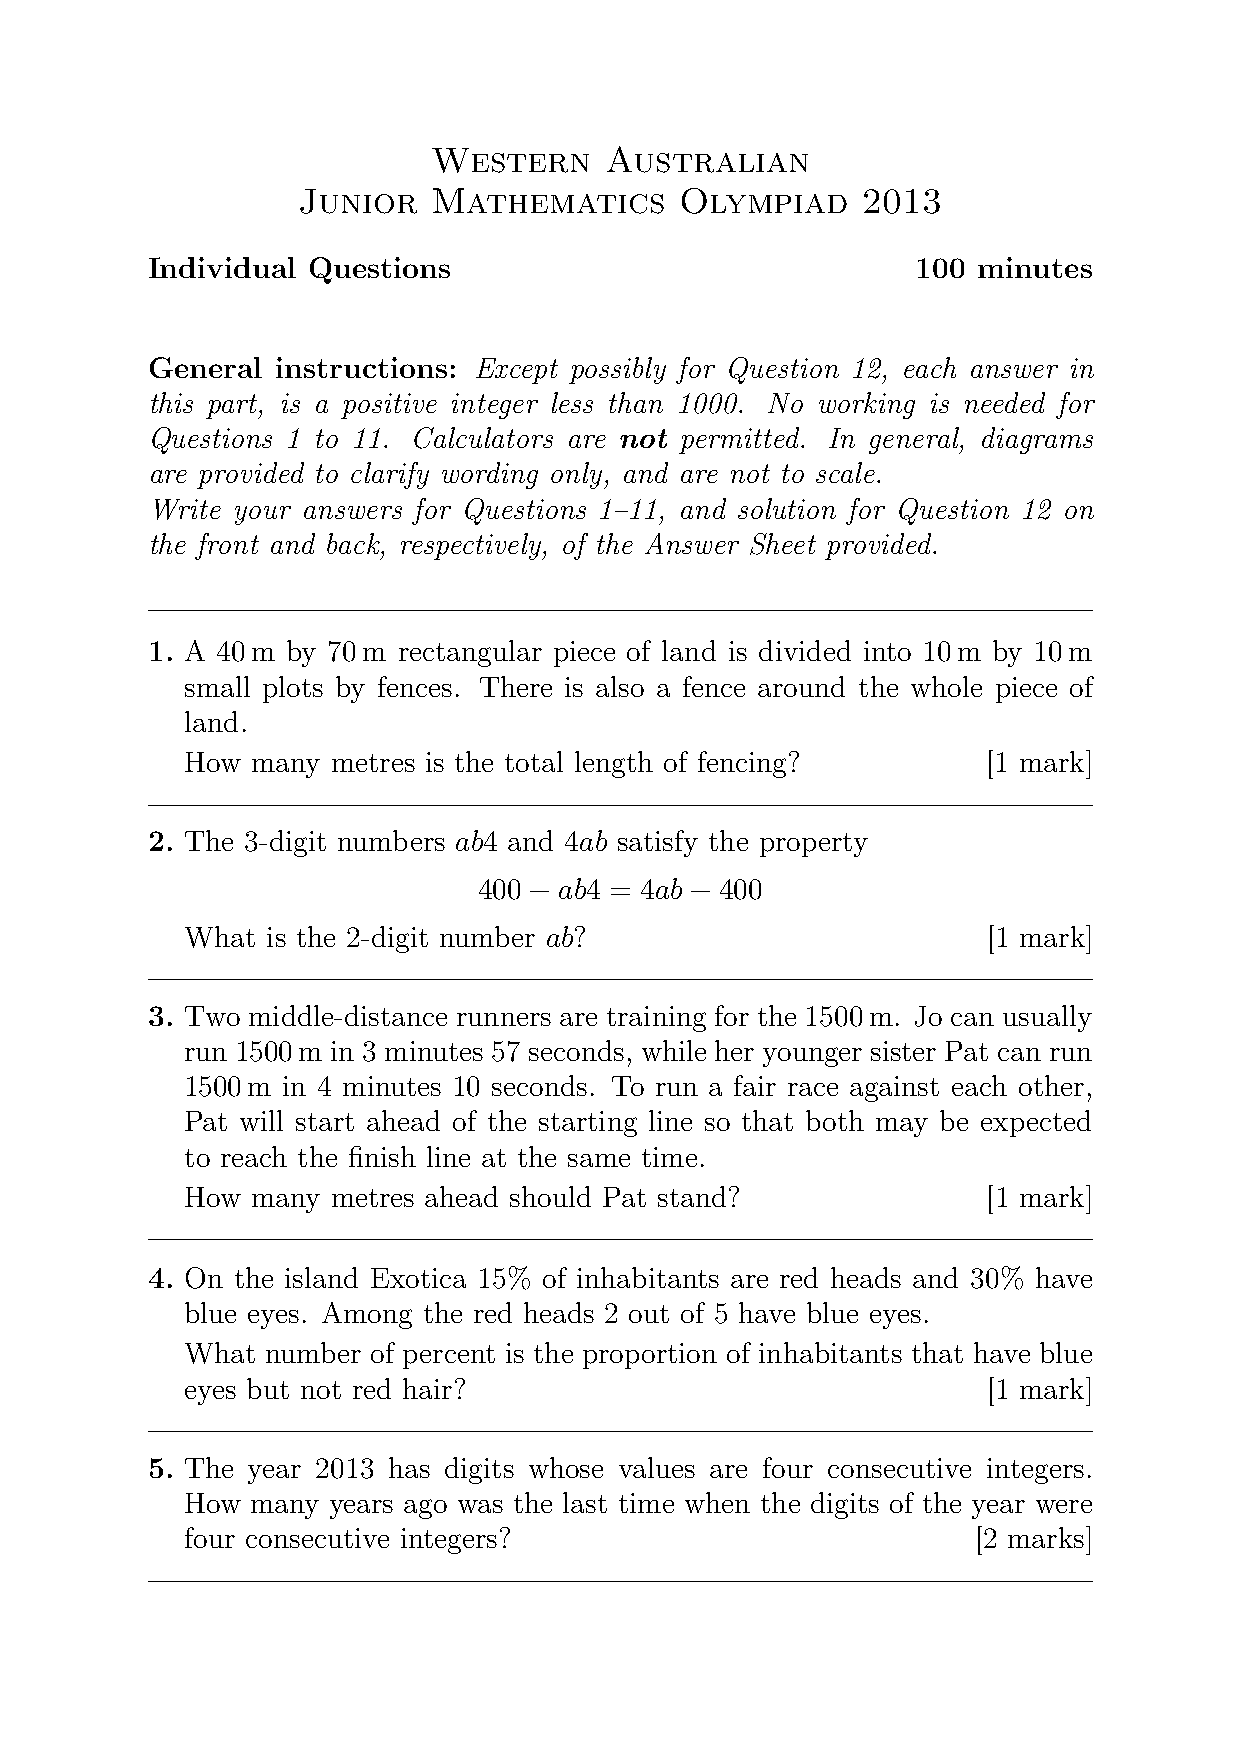
Western    Australian
 Junior   Mathematics     Olympiad    2013
 Individual Questions                               100 minutes
 General instructions: Except possibly for Question 12, each answer in
 this part, is a positive integer less than 1000. No working is needed for
 Questions 1 to 11. Calculators are not permitted. In general, diagrams
 are provided to clarify wording only, and are not to scale.
 Write your answers for Questions 1–11, and solution for Question 12 on
 the front and back, respectively, of the Answer Sheet provided.
 1. A 40m by 70m rectangular piece of land is divided into 10m by 10m
 small plots by fences. There is also a fence around the whole piece of
 land.
 How  many metres is the total length of fencing?     [1 mark]
 2. The 3-digit numbers ab4 and 4ab satisfy the property
 400 − ab4 = 4ab − 400
 What  is the 2-digit number ab?                      [1 mark]
 3. Two middle-distance runners are training for the 1500m. Jo can usually
 run 1500m in 3 minutes 57 seconds, while her younger sister Pat can run
 1500m  in 4 minutes 10 seconds. To run a fair race against each other,
 Pat will start ahead of the starting line so that both may be expected
 to reach the finish line at the same time.
 How  many metres ahead should Pat stand?             [1 mark]
 4. On the island Exotica 15% of inhabitants are red heads and 30% have
 blue eyes. Among the red heads 2 out of 5 have blue eyes.
 What  number of percent is the proportion of inhabitants that have blue
 eyes but not red hair?                               [1 mark]
 5. The year 2013 has digits whose values are four consecutive integers.
 How  many years ago was the last time when the digits of the year were
 four consecutive integers?                           [2 marks]